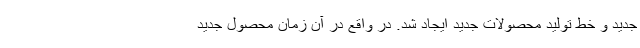
جدید و خط تولید محصولات جدید ایجاد شد. در واقع در آن زمان محصول جدید